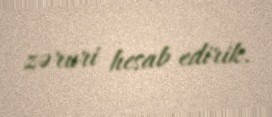
zəruri hesab edirik.